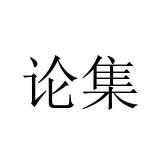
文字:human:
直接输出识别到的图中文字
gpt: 论集